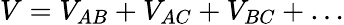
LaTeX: V=V_{AB}+V_{AC}+V_{BC}+\dots